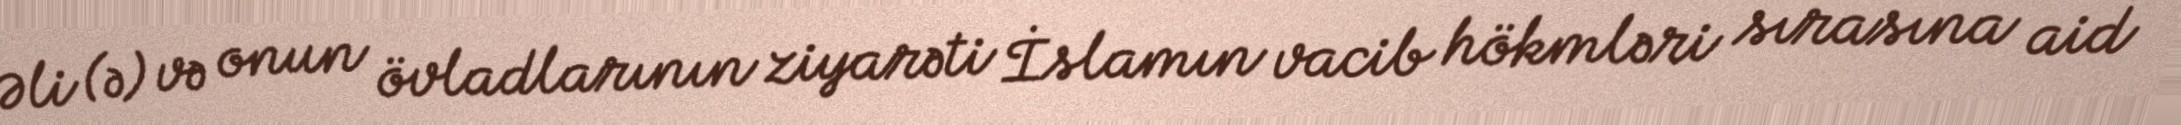
Əli (ə) və onun övladlarının ziyarəti İslamın vacib hökmləri sırasına aid